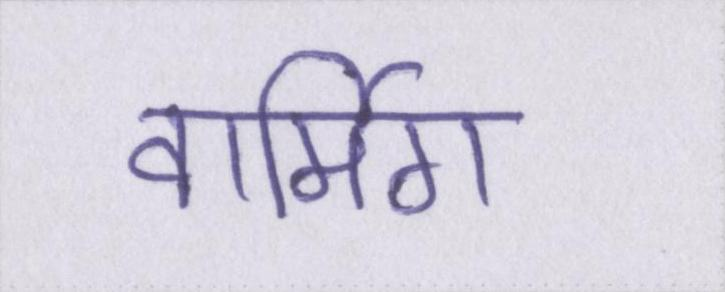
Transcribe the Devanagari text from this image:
वार्मिग